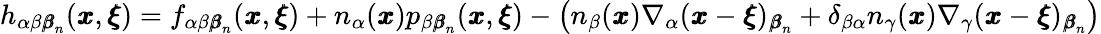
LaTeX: h_{\alpha\beta{\pmb\beta}_{n}}({\pmb x},{\pmb\xi})=f_{\alpha\beta{\pmb\beta}_{n}}({\pmb x},{\pmb\xi})+n_{\alpha}({\pmb x})p_{\beta{\pmb\beta}_{n}}({\pmb x},{\pmb\xi})-\left(n_{\beta}({\pmb x})\nabla_{\alpha}({\pmb x}-{\pmb\xi})_{{\pmb\beta}_{n}}+\delta_{\beta\alpha}n_{\gamma}({\pmb x})\nabla_{\gamma}({\pmb x}-{\pmb\xi})_{{\pmb\beta}_{n}}\right)